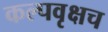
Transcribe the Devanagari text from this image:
कल्पवृक्षच